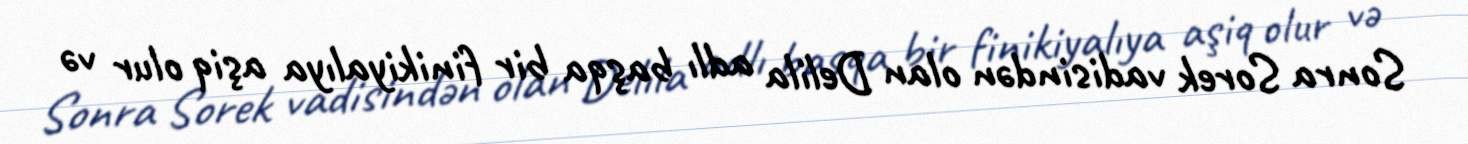
Sonra Sorek vadisindən olan Delila adlı başqa bir finikiyalıya aşiq olur və